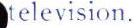
television.